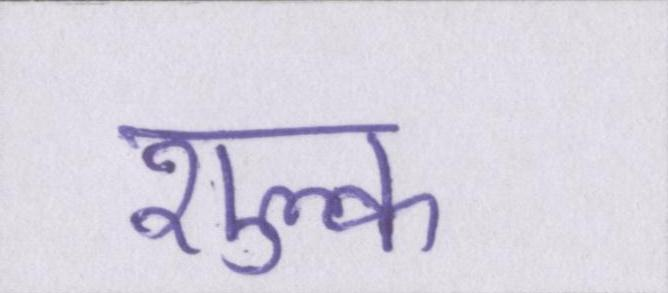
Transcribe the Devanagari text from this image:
शुल्क